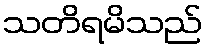
သတိရမိသည်